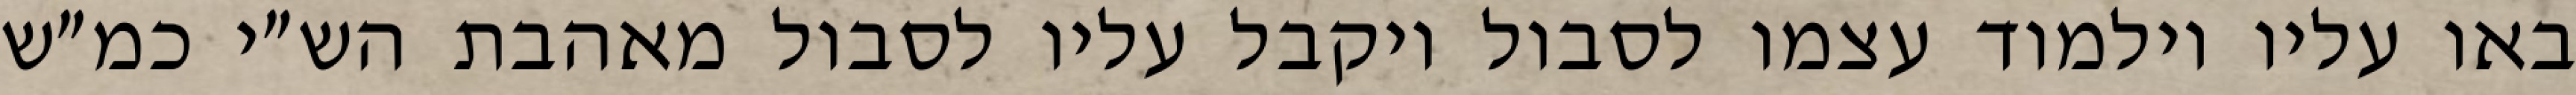
באו עליו וילמוד עצמו לסבול ויקבל עליו לסבול מאהבת הש״י כמ״ש